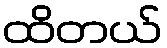
ထိတယ်